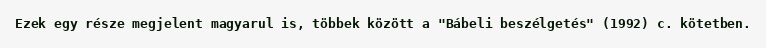
Ezek egy része megjelent magyarul is, többek között a "Bábeli beszélgetés" (1992) c. kötetben.